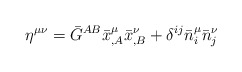
\begin{align*}\eta^{\mu\nu}=\bar{G}^{AB}\bar{x}^\mu_{,A}\bar{x}^\nu_{,B}+\delta^{ij}\bar{n}^\mu_{i}\bar{n}^\nu_{j}\end{align*}